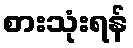
စားသုံးရန်